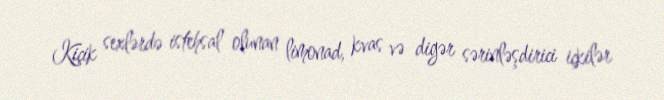
Kiçik sexlərdə istehsal olunan limonad, kvas və digər sərinləşdirici içkilər